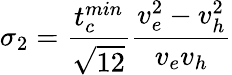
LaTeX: \sigma_{2}=\frac{t_{c}^{min}}{\sqrt{12}}\frac{v_{e}^{2}-v_{h}^{2}}{v_{e}v_{h}}